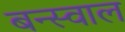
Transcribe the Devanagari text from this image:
बन्स्वाल